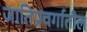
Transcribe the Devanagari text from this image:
जातिप्रवर्गातील